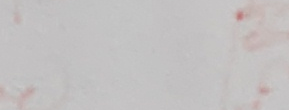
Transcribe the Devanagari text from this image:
न